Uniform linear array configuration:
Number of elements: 64
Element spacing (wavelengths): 0.75
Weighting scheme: hann
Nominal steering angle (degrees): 0
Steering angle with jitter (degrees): -0.5716
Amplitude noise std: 0.05
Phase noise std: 0.05

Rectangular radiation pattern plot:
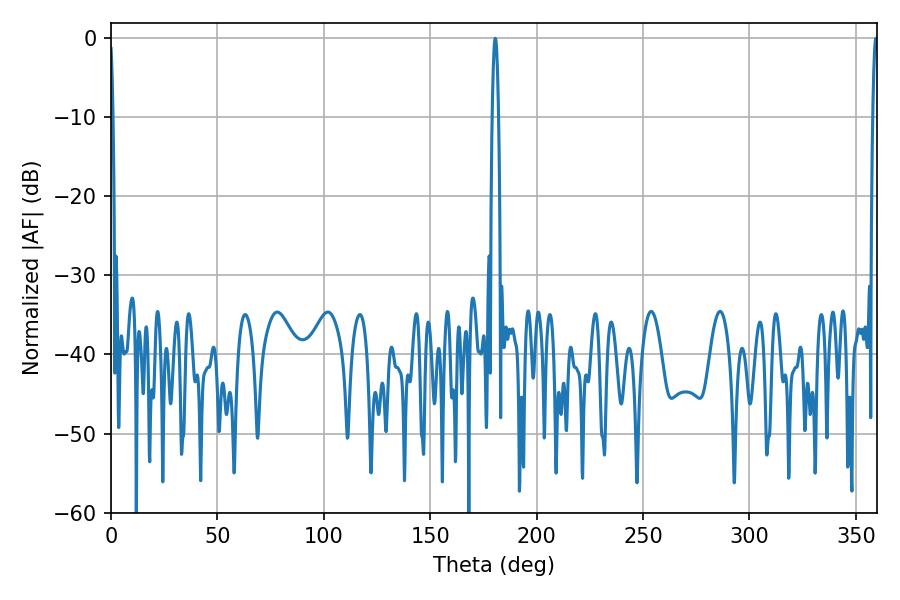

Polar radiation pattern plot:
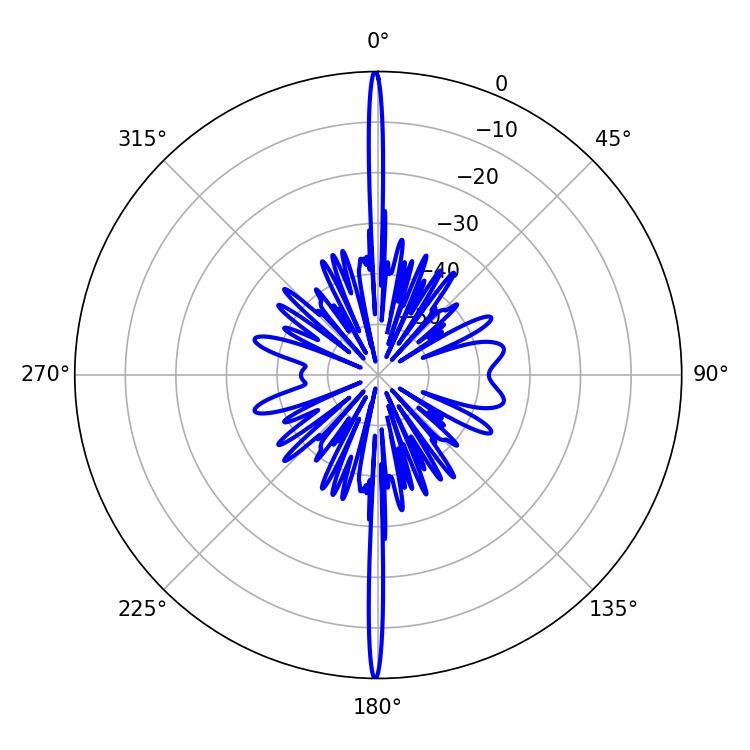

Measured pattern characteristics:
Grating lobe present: TRUE
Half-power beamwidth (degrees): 1.62
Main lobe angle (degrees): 180.54